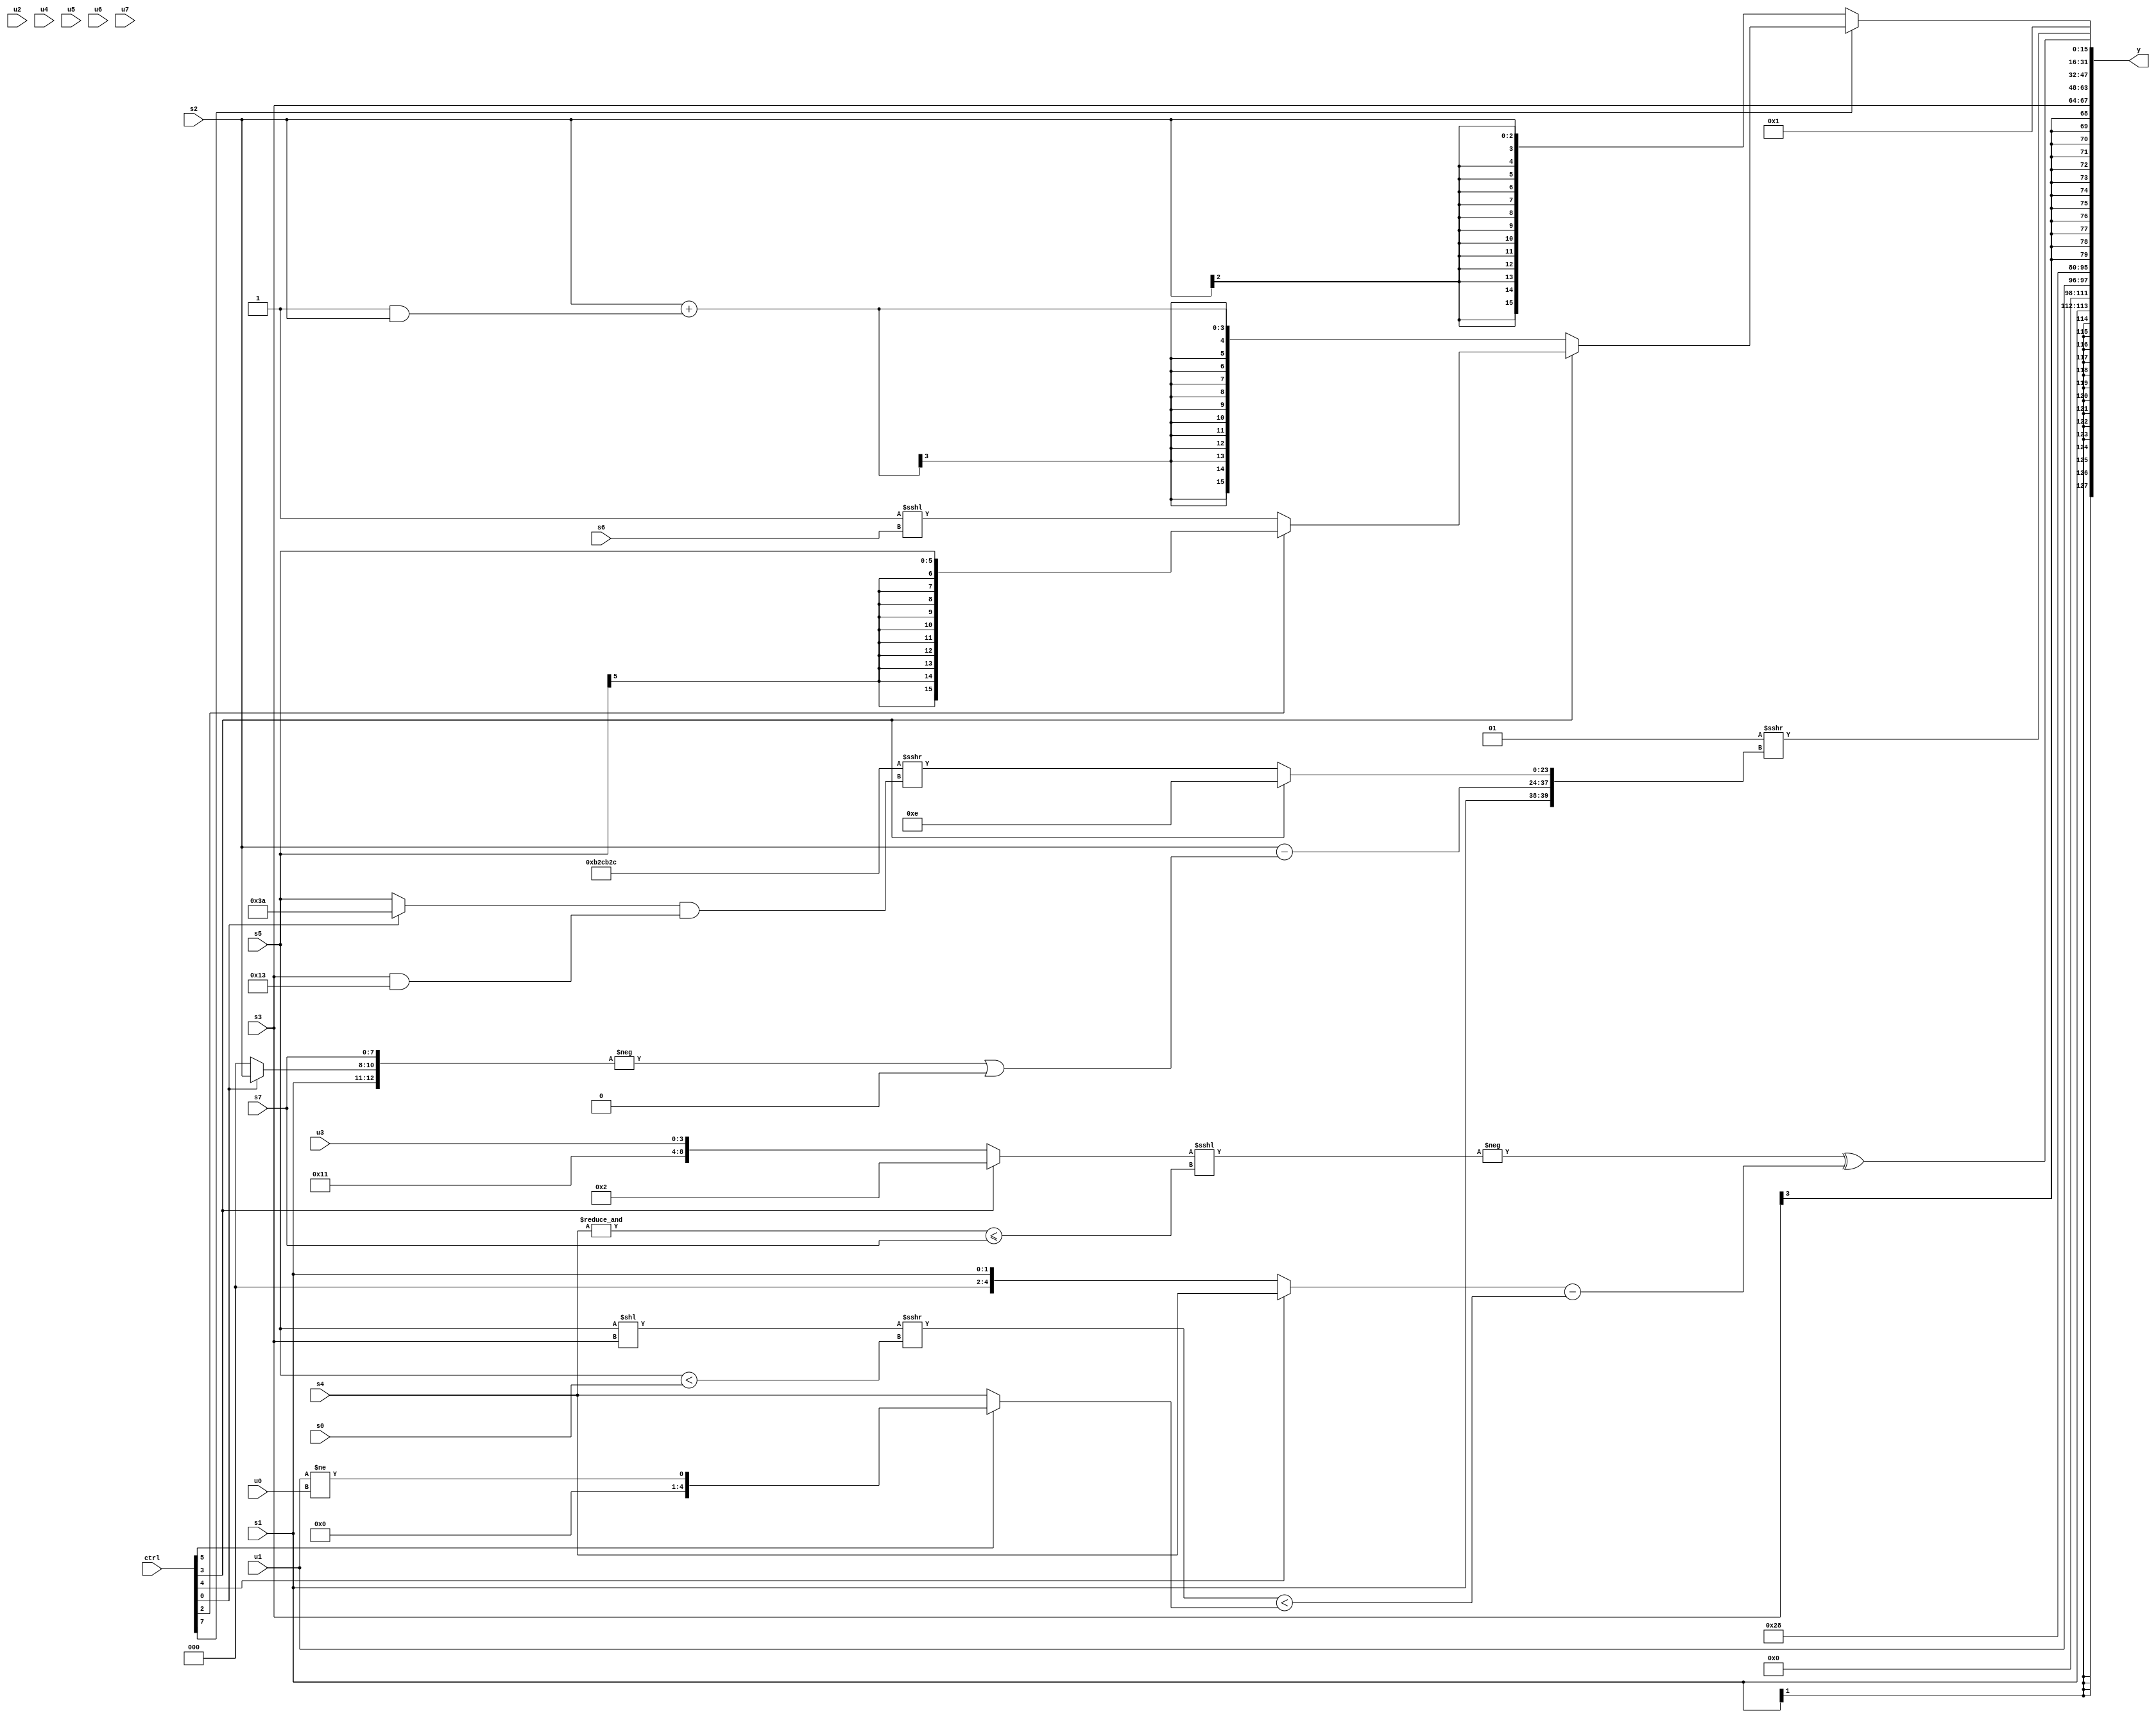
module wideexpr_00795(ctrl, u0, u1, u2, u3, u4, u5, u6, u7, s0, s1, s2, s3, s4, s5, s6, s7, y);
  input [7:0] ctrl;
  input [0:0] u0;
  input [1:0] u1;
  input [2:0] u2;
  input [3:0] u3;
  input [4:0] u4;
  input [5:0] u5;
  input [6:0] u6;
  input [7:0] u7;
  input signed [0:0] s0;
  input signed [1:0] s1;
  input signed [2:0] s2;
  input signed [3:0] s3;
  input signed [4:0] s4;
  input signed [5:0] s5;
  input signed [6:0] s6;
  input signed [7:0] s7;
  output [127:0] y;
  wire [15:0] y0;
  wire [15:0] y1;
  wire [15:0] y2;
  wire [15:0] y3;
  wire [15:0] y4;
  wire [15:0] y5;
  wire [15:0] y6;
  wire [15:0] y7;
  assign y = {y0,y1,y2,y3,y4,y5,y6,y7};
  assign y0 = s1;
  assign y1 = u1;
  assign y2 = 6'b101000;
  assign y3 = s3;
  assign y4 = (-(((ctrl[3]?{$unsigned(3'b010)}:{(s0)<<<(4'sb1110),$signed(4'sb0010),3'sb001,u3}))<<<(($signed(&(s4)))<=(s7))))^($signed(((ctrl[4]?$unsigned($signed(s4)):{$signed(s1)}))-((((s5)<<(s3))>>>((s5)<(s0)))<((ctrl[5]?(u1)!=(u0):$unsigned(s4))))));
  assign y5 = (4'sb0001)>>>({s1,(s2)-((-({{1{1'sb0}},+(s1),(ctrl[0]?s2:2'sb00),s7}))|((((ctrl[6]?4'sb1010:s6))<<<((6'sb010101)|(2'sb10)))<<<(((6'sb111010)>(5'sb10000))<<<((1'b1)<<<(2'sb11))))),(ctrl[3]?5'sb01110:($signed({4{6'sb101100}}))>>>(+(((ctrl[0]?4'sb1010:s5))&((s3)&(6'sb110011)))))});
  assign y6 = (ctrl[7]?(ctrl[3]?+((ctrl[2]?$signed(s5):(4'sb1111)<<<(s6))):(s2)+((2'sb11)&(s2))):+($signed($signed(s2))));
  assign y7 = ((6'sb100000)>>(4'sb1110))&(2'sb01);
endmodule